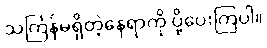
သင်္ကြန်မရှိတဲ့နေရာကို ပို့ပေးကြပါ။